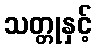
သတ္တုနှင့်